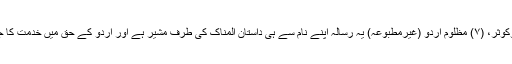
اس کا مجموعہ بنام تسنیم وکوثر، (۷) مظلوم اردو (غیرمطبوعہ) یہ رسالہ اپنے نام سے ہی داستان المناک کی طرف مشیر ہے اور اردو کے حق میں خدمت کا جذبہ بھی اُبھارنے والا ہے۔